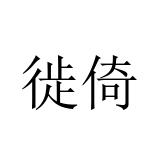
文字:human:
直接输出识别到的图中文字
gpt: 徙倚